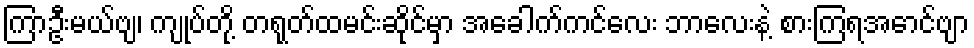
ကြာဦးမယ်ဗျ၊ ကျုပ်တို့ တရုတ်ထမင်းဆိုင်မှာ အခေါက်ကင်လေး ဘာလေးနဲ့ စားကြရအောင်ဗျာ